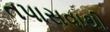
તપાસવાથી